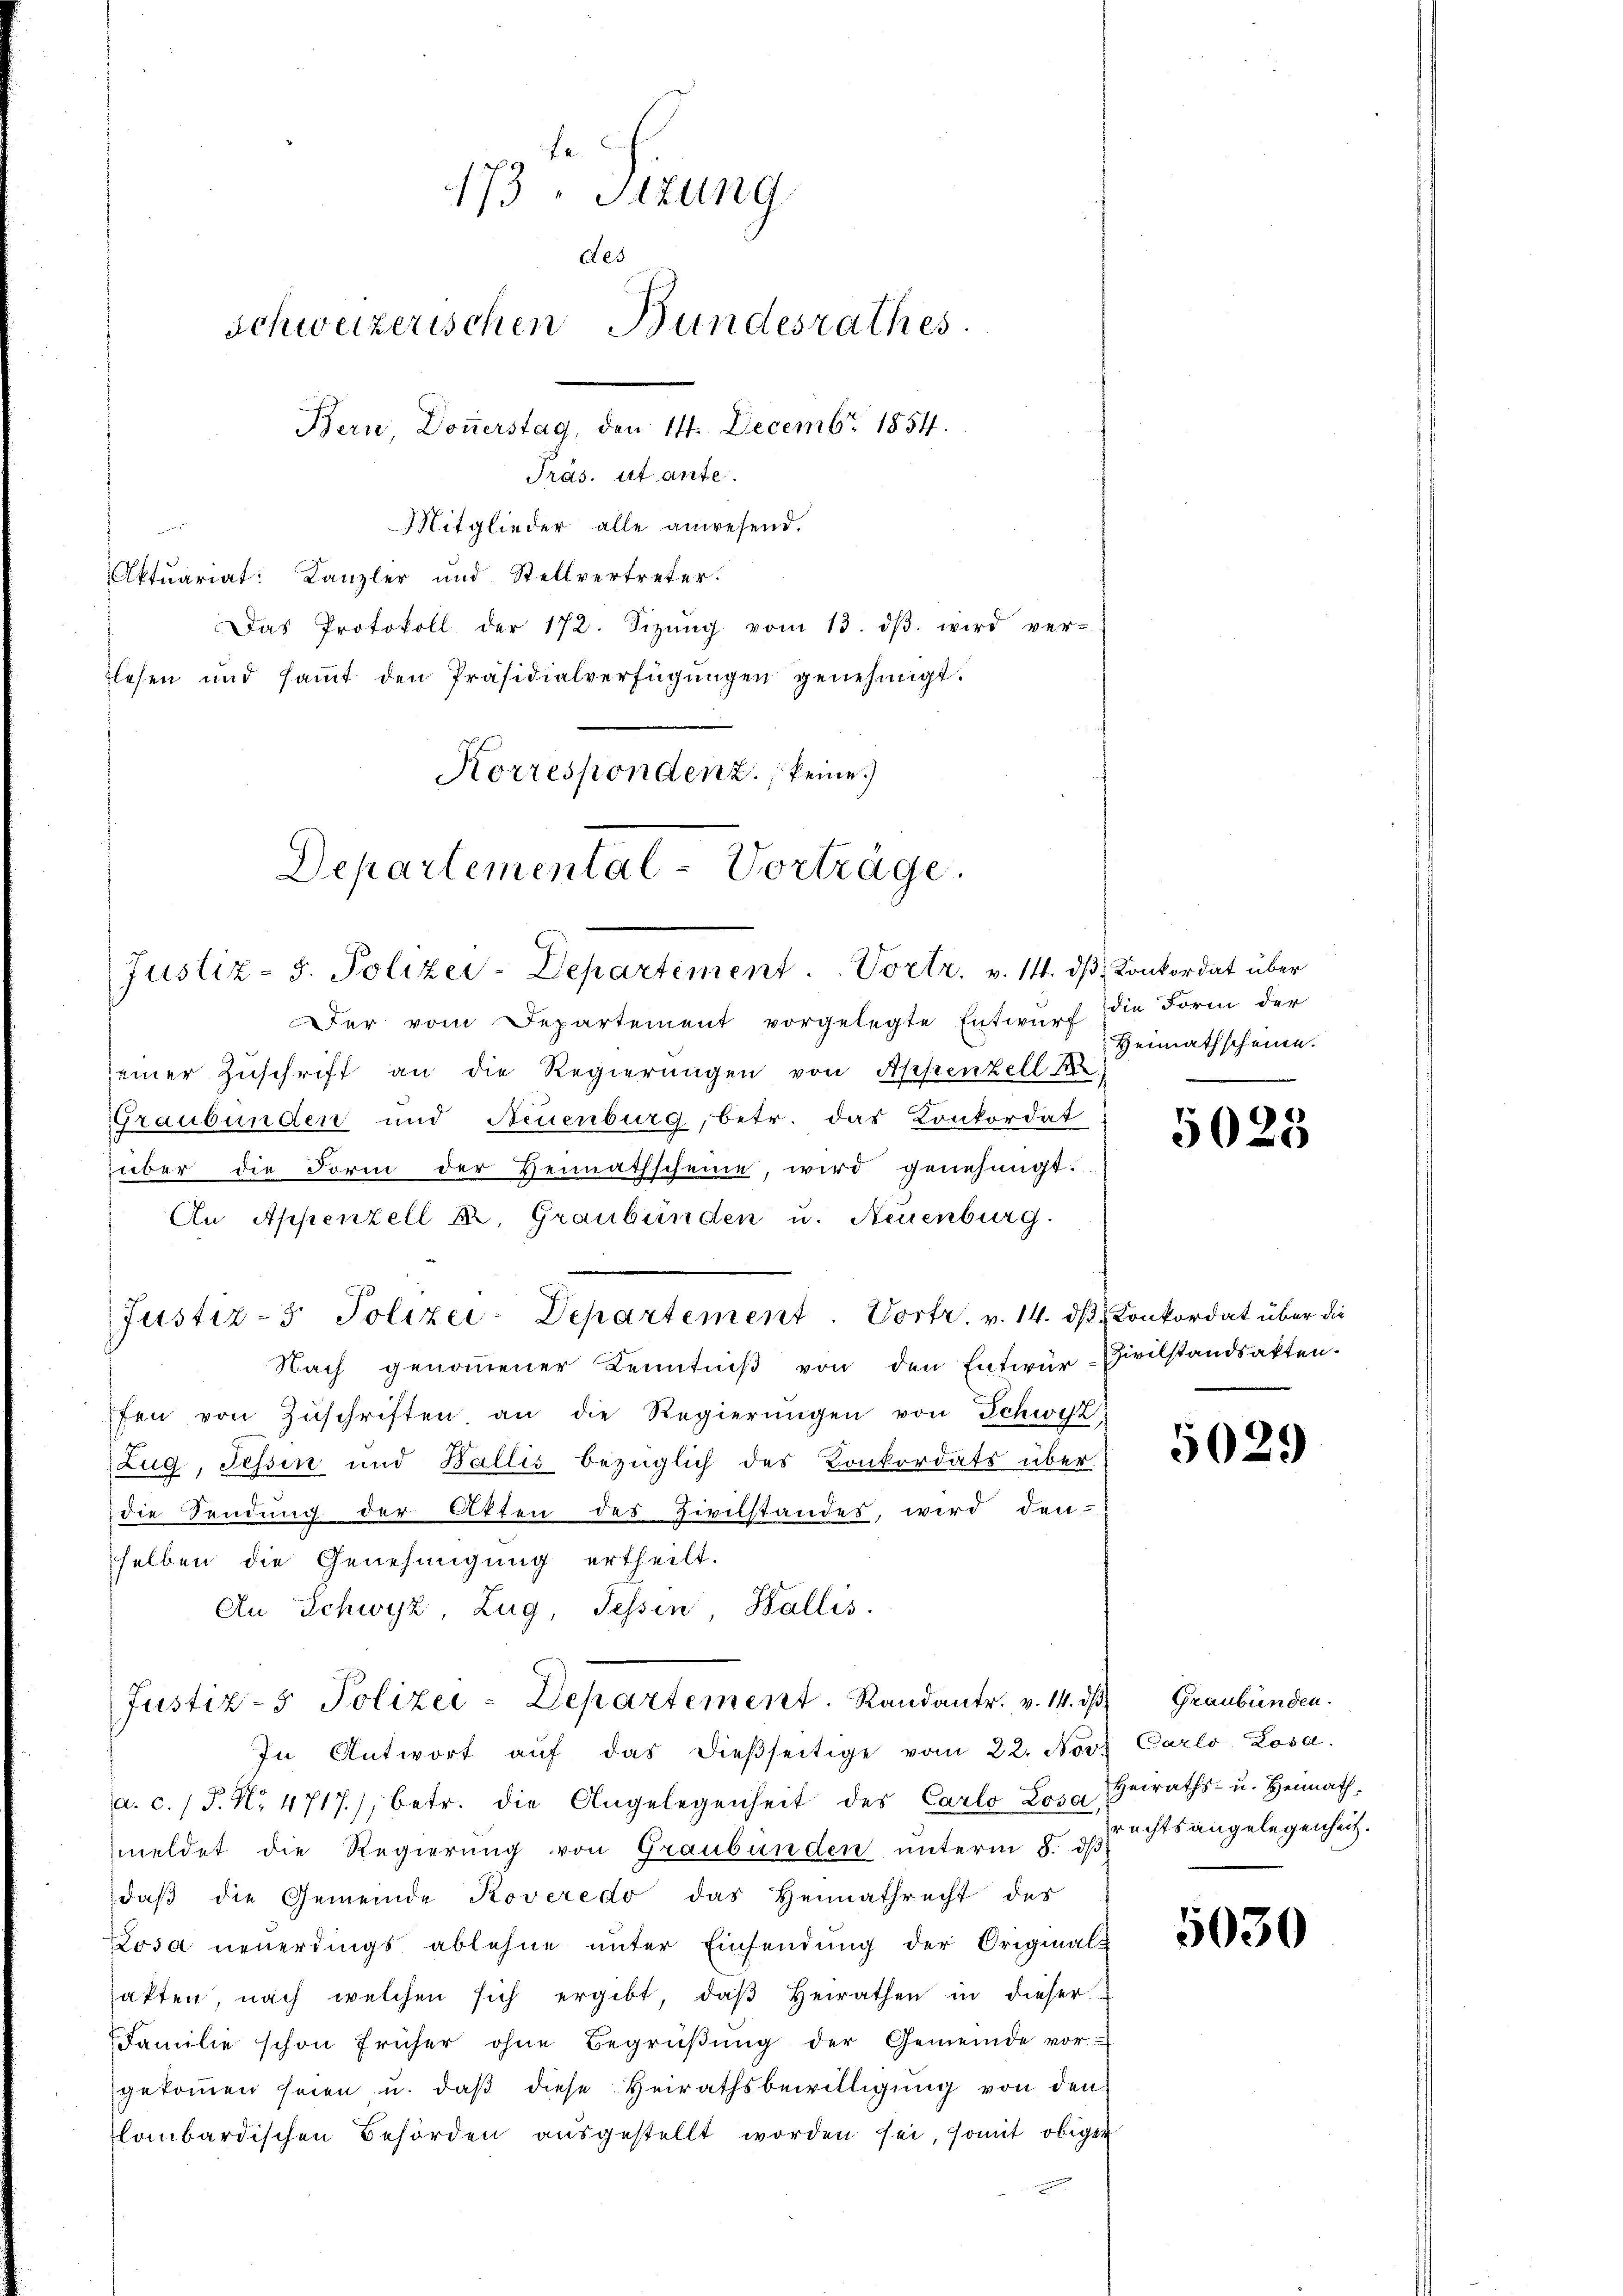
173. Sitzung
des
Schweizerischen Bundesrathes.
Bern, Doṅerstag, den 14. Decembr 1854.
Präs. ut ante.
Mitglieder alle anwesend.

Justiz- u. Polizei-Departement. Vortr. v. 14. dβ Konkordat über

Aktuariat: Kanzler und Stellvertreter.
Das Protokoll der 172. Sizŭng vom 13. dβ wird ver-
lesen und saṁt den Präsidialverfügŭngen genehmigt.
Korrespondenz, keine
Departemental-Vorträge.

Der vom Departement vorgelegte Entwŭrf die Form der
seiner Zuschrift an die Regierungen von Appenzell s
Graubünden und Neuenburg, betr. das Konkordat
über die Form der Vennathscheine, wird genehmigt.
An Appenzell Kr. Graubünden u. Neuenburg.
Nach genoṁener Kenntniβ von den Entwur-Zivilstandsakten.
fen von Zŭschriften an die Regierŭngen von Schwyz,
Zug, Tessin und Wallis bezüglich des Konkordats über
die Sendung der Atten des Zivilstandes, wird den-
selben die Genehmigung ertheilt.
An Schwyz, Zug, Tessin Wallis.
Justiz- & Polizei-Departement. Randantr. v. 14. ds
In Antwort aŭf das dieβseitige vom 22. Nov.
a. c. / P. Nr. 4717), betr. die Angelegenheit des Carlo Losa, Heiraths- u. Heimathmeldet die Regierung von Graubünden unterm 8. dβ
daβ die Gemeinde Roveredo das Heimathrecht des
Losa neuerdings ablehne unter Einsendung der Original-
atten, nach welchen sich ergibt, daβ Heirathen in dieser
Familie schon früher ohne Begrüβŭng der Gemeinde vor
gekoṁen seien u. daβ diese Heirathsbewilligŭng von den
lombardischen Behörden ausgestellt worden sei, somit obiger

Justiz- & Polizei-Departement. Vortr. v. 14. ds Konkordat über die

Heimathscheine.

5023

5029

Graubünden.
Carlo Losa.
rechtsangelegenheit.

5030